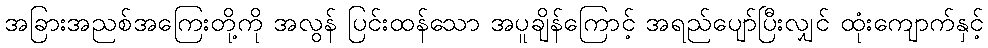
အခြားအညစ်အကြေးတို့ကို အလွန် ပြင်းထန်သော အပူချိန်ကြောင့် အရည်ပျော်ပြီးလျှင် ထုံးကျောက်နှင့်